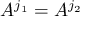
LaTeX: A ^ { j _ { 1 } } = A ^ { j _ { 2 } }